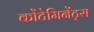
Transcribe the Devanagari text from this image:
कोंटेमिनेंट्स